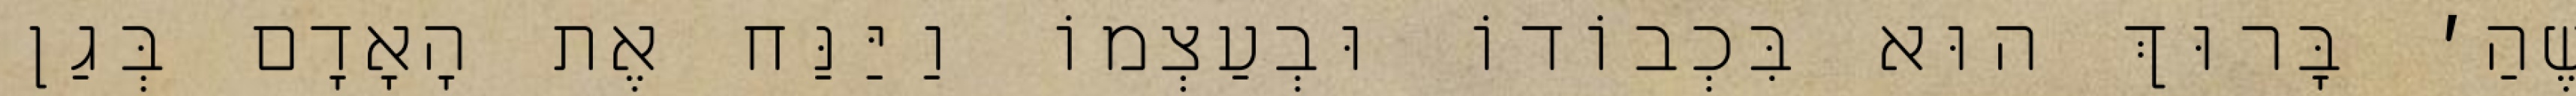
שֶׁהַ׳ בָּרוּךְ הוּא בִּכְבוֹדוֹ וּבְעַצְמוֹ וַיַּנַּח אֶת הָאָדָם בְּגַן